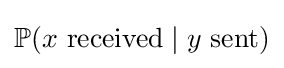
\mathbb {P} (x{\mbox{ received}}\mid y{\mbox{ sent}})